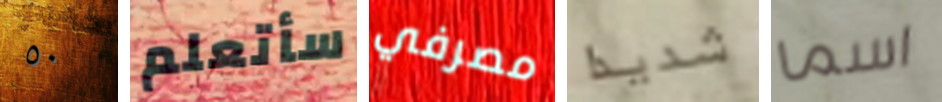
٥٠ سأتعلم مصرفي شديدا اسما